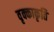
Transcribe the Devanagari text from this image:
वृक्काकृति